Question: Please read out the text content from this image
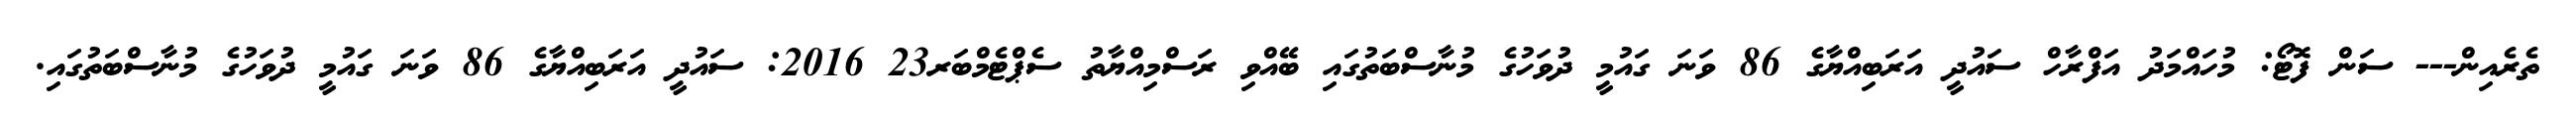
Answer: ތެރެއިން--- ސަން ފޮޓޯ: މުހައްމަދު އަފްރާހް ސައުދީ އަރަބިއްޔާގެ 86 ވަނަ ގައުމީ ދުވަހުގެ މުނާސްބަތުގައި ބޭއްވި ރަސްމިއްޔާތު ސެޕްޓެމްބަރ23 2016: ސައުދީ އަރަބިއްޔާގެ 86 ވަނަ ގައުމީ ދުވަހުގެ މުނާސްބަތުގައި.